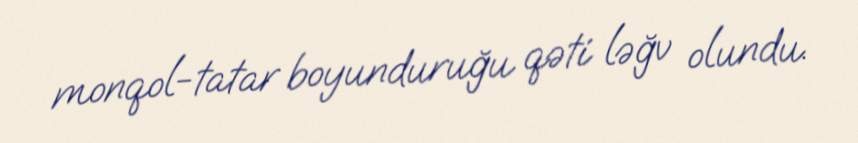
monqol-tatar boyunduruğu qəti ləğv olundu.